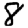
Digit: 8